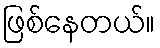
ဖြစ်နေတယ်။